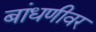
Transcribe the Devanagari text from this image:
बांधणीवर